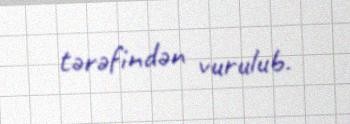
tərəfindən vurulub.